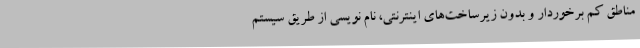
مناطق کم برخوردار و بدون زیرساخت‌های اینترنتی، نام نویسی از طریق سیستم